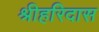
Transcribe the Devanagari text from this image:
श्रीहरिदास